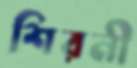
শিরনী